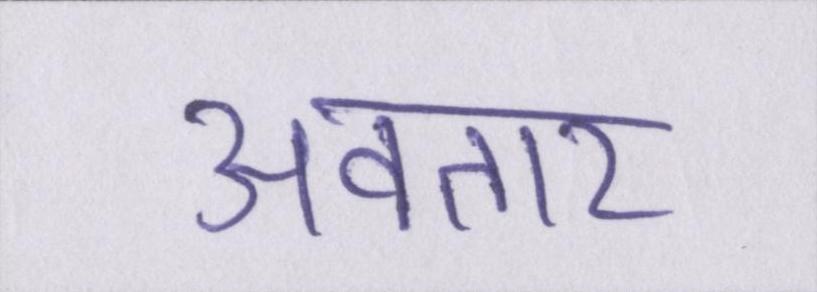
अवतार